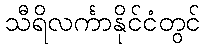
သီရိလင်္ကာနိုင်ငံတွင်